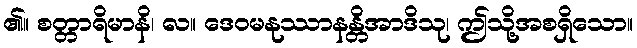
၏။ စတ္တာရိမာနိ၊ လ။ ဒေဝမနုဿာနန္တိအာဒိသု၊ ဤသို့အစရှိသော။